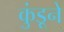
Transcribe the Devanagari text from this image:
कुंडूने